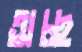
অচ্ছ